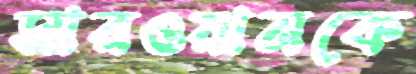
সারওয়ানকে